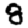
Digit: 8